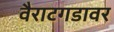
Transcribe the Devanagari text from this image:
वैराटगडावर